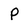
Character: P